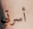
أسرتي